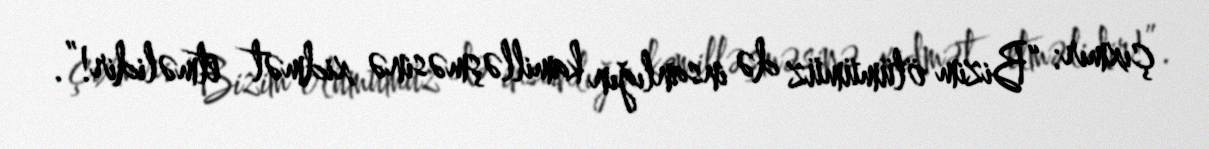
çıxmır: “Bizim ölümümüz də insanlığın kamilləşməsinə xidmət etməlidir!”.